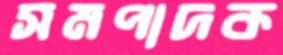
সমপাদক